Dysentery in Hazaribagh Central Jail - Number 52
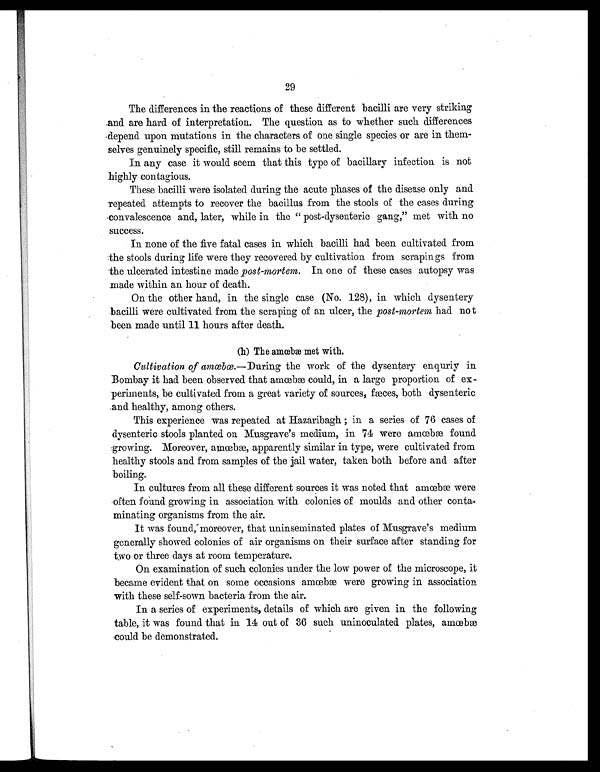
29
The differences in the reactions of these different bacilli are very striking
and are hard of interpretation. The question as to whether such differences
depend upon mutations in the characters of one single species or are in them-
selves genuinely specific, still remains to be settled.
In any case it would seem that this type of bacillary infection is not
highly contagious.
These bacilli were isolated during the acute phases of the disease only and
repeated attempts to recover the bacillus from the stools of the cases during
convalescence and, later, while in the " post-dysenteric gang," met with no
success.
In none of the five fatal cases in which bacilli had been cultivated from
the stools during life were they recovered by cultivation from scrapings from
the ulcerated intestine made post-mortem . In one of these cases autopsy was
made within an hour of death.
On the other hand, in the single case (No. 128), in which dysentery
bacilli were cultivated from the scraping of an ulcer, the post-mortem had not
been made until 11 hours after death.
(h) The amœbæ met with.
Cultivation of amœbœ. —During the work of the dysentery enquriy in
Bombay it had been observed that amœbæ could, in a large proportion of ex-
periments, be cultivated from a great variety of sources, fæces, both dysenteric
and healthy, among others.
This experience was repeated at Hazaribagh ; in a series of 76 cases of
dysenteric stools planted on Musgrave's medium, in 74 were amœbæ found
growing. Moreover, amœbæ, apparently similar in type, were cultivated from
healthy stools and from samples of the jail water, taken both before and after
boiling.
In cultures from all these different sources it was noted that amœbæ were
often found growing in association with colonies of moulds and other conta
- m i n a t i n g o r g a n i s m s f r o m t h e a i r .
It was found, moreover, that uninseminated plates of Musgrave's medium
generally showed colonies of air organisms on their surface after standing for
two or three days at room temperature.
On examination of such colonies under the low power of the microscope, it
became evident that on some occasions amœbæ were growing in association
with these self-sown bacteria from the air.
In a series of experiments, details of which are given in the following
table, it was found that in 14 out of 36 such uninoculated plates, amœbæ
could be demonstrated.